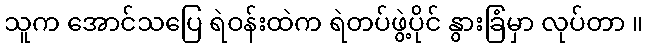
သူက အောင်သပြေ ရဲဝန်းထဲက ရဲတပ်ဖွဲ့ပိုင် နွားခြံမှာ လုပ်တာ ။